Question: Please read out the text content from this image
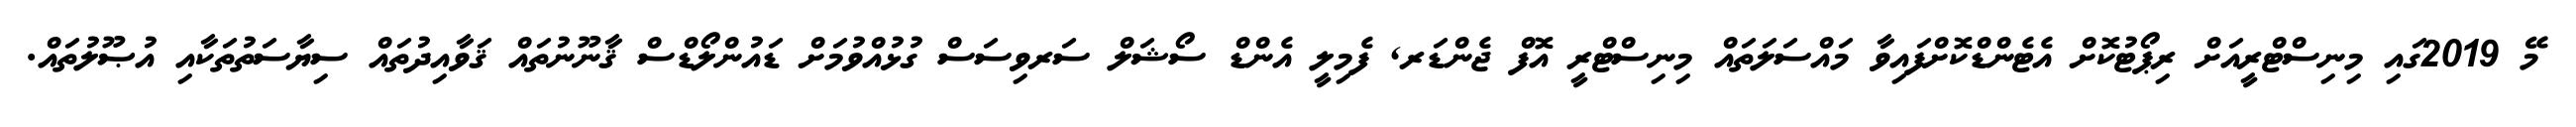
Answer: މޭ 2019ގައި މިނިސްޓްރީއަށް ރިޕޯޓުކޮށް އެޓެންޑްކޮށްފައިވާ މައްސަލަތައް މިނިސްޓްރީ އޮފް ޖެންޑަރ, ފެމިލީ އެންޑް ސޯޝަލް ސަރވިސަސް ގުޅުއްވުމަށް ޑައުންލޯޑްސް ޤާނޫނުތައް ޤަވާއިދުތައް ސިޔާސަތުތަކާއި އުޞޫލުތައް.